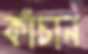
কাঁচান